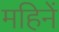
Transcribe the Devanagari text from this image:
महिनें